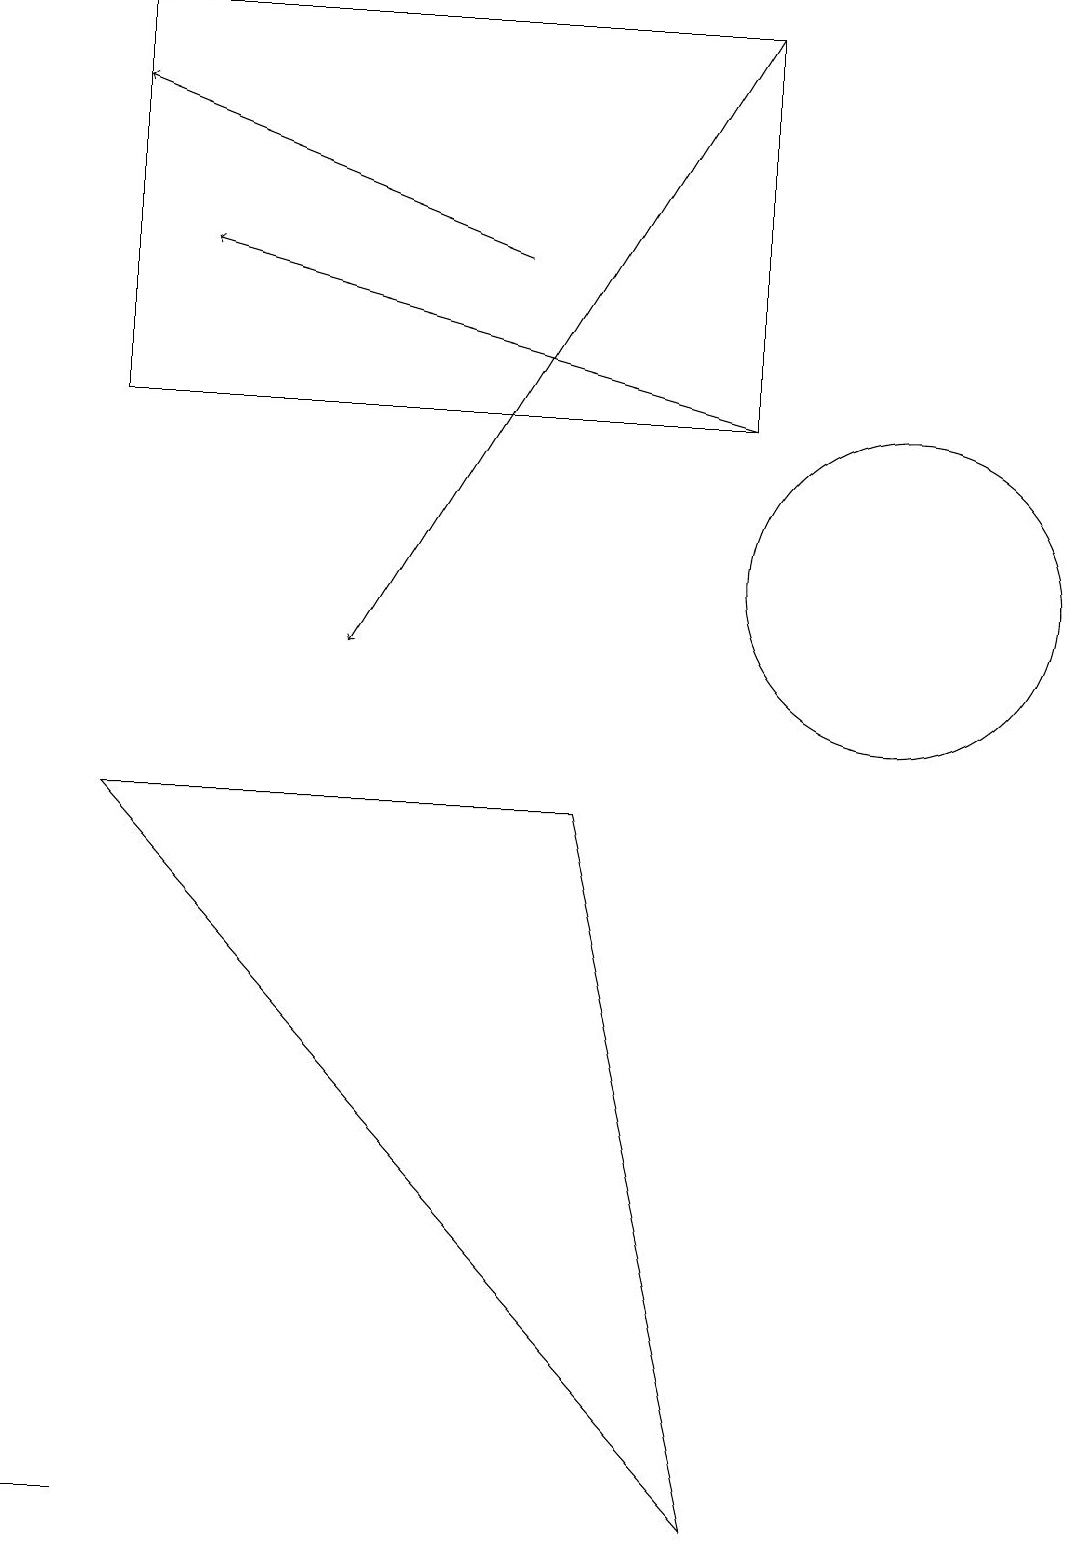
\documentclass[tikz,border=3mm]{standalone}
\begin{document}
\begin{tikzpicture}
\draw[->] (9,19) -- (4,11);
\draw (11,12) circle (2);
\draw (1,0) -- (1,0) -- (0,0) -- cycle;
\draw (9,19) rectangle (1,14);
\draw (1,9) -- (7,9) -- (9,0) -- cycle;
\draw[->] (9,14) -- (2,16);
\draw[->] (6,16) -- (1,18);
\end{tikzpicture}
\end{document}